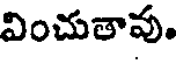
వించుతావు.